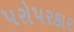
પરોપરકાર